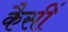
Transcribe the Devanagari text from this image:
कैसीं